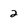
Character: 2